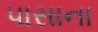
પાસાના